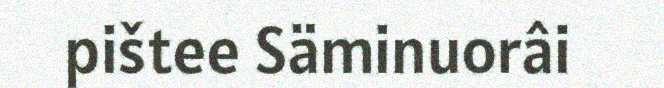
pištee Säminuorâi